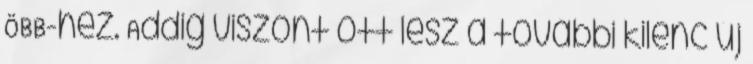
ÖBB-hez. Addig viszont ott lesz a további kilenc új